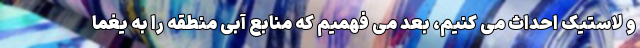
و لاستیک احداث می کنیم، بعد می فهمیم که منابع آبی منطقه را به یغما